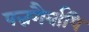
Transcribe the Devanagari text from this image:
पन्नगैर्वापि